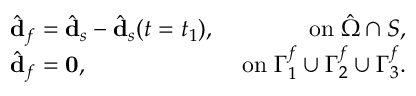
\begin{array} { r l r } & { \hat { \mathbf { d } } _ { f } = \hat { \mathbf { d } } _ { s } - \hat { \mathbf { d } } _ { s } ( t = t _ { 1 } ) , } & { \; \mathrm { o n } \; \hat { \Omega } \cap \cal S , } \\ & { \hat { \mathbf { d } } _ { f } = \mathbf { 0 } , } & { \; \mathrm { o n } \; \Gamma _ { 1 } ^ { f } \cup \Gamma _ { 2 } ^ { f } \cup \Gamma _ { 3 } ^ { f } . } \end{array}